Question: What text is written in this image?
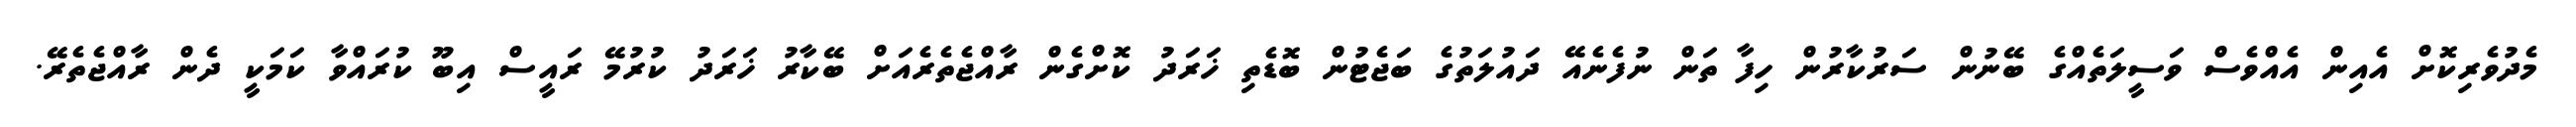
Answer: މެދުވެރިކޮށް އެއިން އެއްވެސް ވަސީލަތެއްގެ ބޭނުން ސަރުކާރުން ހިފާ ތަން ނުފެނެއޭ ދައުލަތުގެ ބަޖެޓުން ބޮޑެތި ޚަރަދު ކޮށްގެން ރާއްޖެތެރެއަށް ބޭކާރު ޚަރަދު ކުރުމޭ ރައީސް އިބޫ ކުރައްވާ ކަމަކީ ދެން ރާއްޖެތެރޭ.